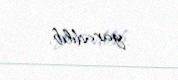
yaradılıb.